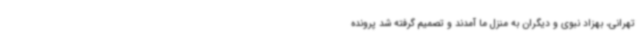
تهرانی، بهزاد نبوی و دیگران به منزل ما آمدند و تصمیم گرفته شد پرونده